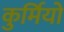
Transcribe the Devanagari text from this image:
कुर्मियो